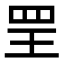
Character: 𦊄